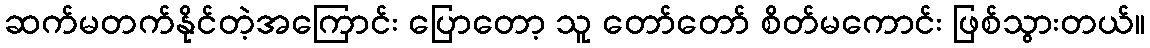
ဆက်မတက်နိုင်တဲ့အကြောင်း ပြောတော့ သူ တော်တော် စိတ်မကောင်း ဖြစ်သွားတယ်။